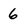
Character: 6